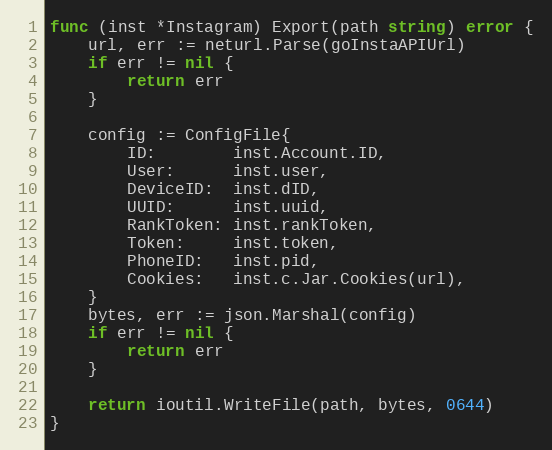
Language: Go
func (inst *Instagram) Export(path string) error {
	url, err := neturl.Parse(goInstaAPIUrl)
	if err != nil {
		return err
	}

	config := ConfigFile{
		ID:        inst.Account.ID,
		User:      inst.user,
		DeviceID:  inst.dID,
		UUID:      inst.uuid,
		RankToken: inst.rankToken,
		Token:     inst.token,
		PhoneID:   inst.pid,
		Cookies:   inst.c.Jar.Cookies(url),
	}
	bytes, err := json.Marshal(config)
	if err != nil {
		return err
	}

	return ioutil.WriteFile(path, bytes, 0644)
}